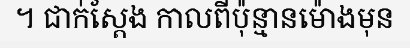
។ ជាក់ស្តែង កាលពីប៉ុន្មានម៉ោងមុន